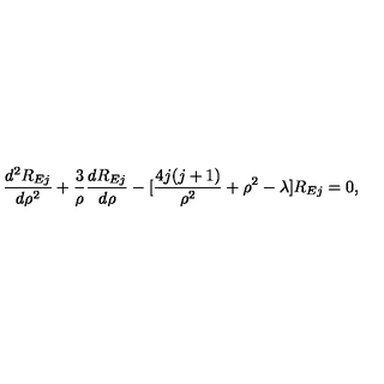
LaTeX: \frac { d ^ { 2 } R _ { E j } } { d \rho ^ { 2 } } + \frac { 3 } { \rho } \frac { d R _ { E j } } { d \rho } - [ \frac { 4 j ( j + 1 ) } { \rho ^ { 2 } } + \rho ^ { 2 } - \lambda ] R _ { E j } = 0 ,